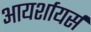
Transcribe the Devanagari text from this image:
आयर्शायर्स